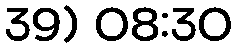
39) 08:30